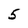
Character: 5